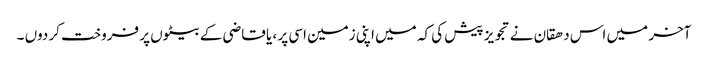
آخر میں اس دھقان نے تجویز پیش کی کہ میں اپنی زمین اسی پر ، یا قاضی کے بیٹوں پر فروخت کر دوں ۔